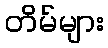
တိမ်များ